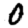
Digit: 0